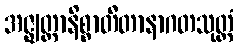
အဇ္ဈတ္တာနိစ္စာတီတာနာဂတသုတ္တံ